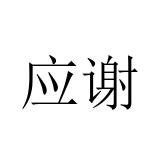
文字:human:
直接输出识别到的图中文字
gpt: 应谢